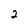
Character: 2